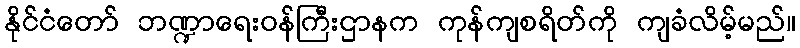
နိုင်ငံတော် ဘဏ္ဍာရေးဝန်ကြီးဌာနက ကုန်ကျစရိတ်ကို ကျခံလိမ့်မည်။